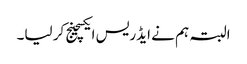
البتہ ہم نے ایڈریس ایکسچینج کر لیا۔